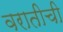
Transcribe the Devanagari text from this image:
वरातीची